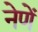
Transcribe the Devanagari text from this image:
नेणें